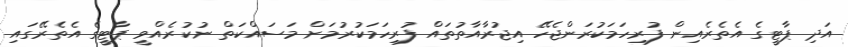
އަދި ޕާޓީގެ އެތެރެއިން ފުރިހަމަކުރަންޖެހޭ އިޖުރާއާތުތައް ފުރިހަމަކުރުމަށް މަސައްކަތް ނުކުރެއްވީ ޕާޓީގެ އެތެރޭގައި